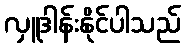
လှူဒါန်းနိုင်ပါသည်